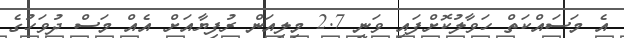
އެ މަސައްކަތް ހަވާލުކޮށްފައި ވަނީ 2.7 މިލިއަން ރުފިޔާއަށް އެއް މަސް ދުވަހުގެ